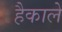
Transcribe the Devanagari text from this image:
हैकाले